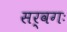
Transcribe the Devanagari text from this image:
सर्वगः